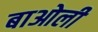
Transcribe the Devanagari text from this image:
बाओली